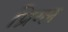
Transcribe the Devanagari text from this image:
प्रिग्ल